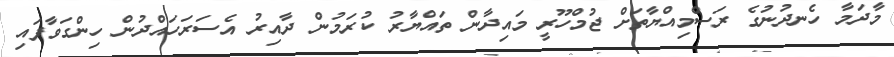
މާދަމާ ހެނދުނުގެ ރަސްމިއްޔާތަށް ޖުމްހޫރީ މައިދާން ތައްޔާރު ކުރަމުން ދާއިރު އެސަރަހައްދުން ހިންގަވާފައި